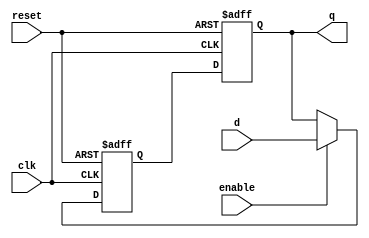
module transparent_latch_dff (
    input wire clk,
    input wire reset,
    input wire enable,
    input wire d,
    output reg q
);

reg q_latch, q_ff;

always @(posedge clk or posedge reset) begin
    if (reset) begin
        q_latch <= 1'b0;
        q_ff <= 1'b0;
    end else begin
        q_latch <= enable ? d : q_ff;
        q_ff <= q_latch;
    end
end

assign q = q_ff;

endmodule